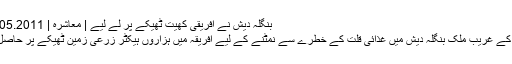
بنگلہ دیش نے افریقی کھیت ٹھیکے پر لے لیے | معاشرہ | DW | 18.05.2011
جنوبی ایشیا کے غریب ملک بنگلہ دیش میں غذائی قلت کے خطرے سے نمٹنے کے لیے افریقہ میں ہزاروں ہیکٹر زرعی زمین ٹھیکے پر حاصل کر لی ہے۔